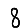
Digit: 8